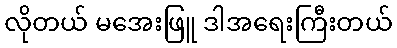
လိုတယ် မအေးဖြူ ဒါအရေးကြီးတယ်